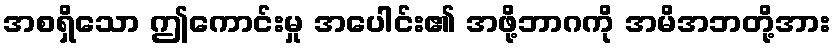
အစရှိသော ဤကောင်းမှု အပေါင်း၏ အဖို့ဘာဂကို အမိအဘတို့အား